Punjab Mental Hospital Lahore 1932-46 - 1932-1946
Year: 1932
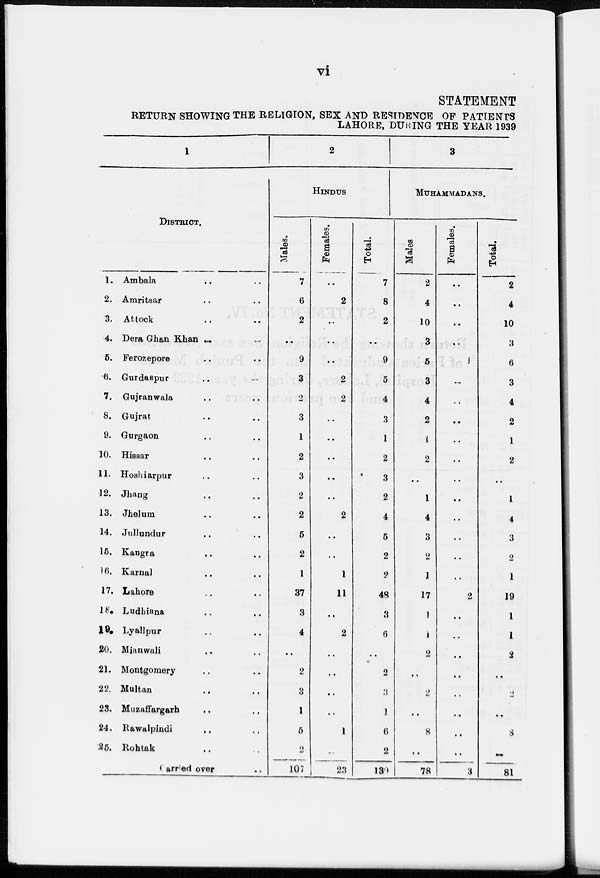
vi
STATEMENT
RETURN SHOWING THE RELIGION, SEX AND RESIDENCE OF PATIENTS
LAHORE, DURING THE YEAR 1939
1
DISTRICT.
1.
2.
3.
4.
5.
6.
7.
8.
9.
10.
11.
12.
13.
14.
15.
16.
17.
18.
19.
20.
21.
22.
23.
24.
25.
Ambala .. ..
Amritsar .. ..
Attock .. ..
Dera Ghan Khan .. ..
Ferozepore .. ..
Gurdaspur .. ..
Gujranwala .. ..
Gujrat .. ..
Gurgaon .. ..
Hissar .. ..
Hoshiarpur .. ..
Jhang .. ..
Jhelum .. ..
Jullundur .. ..
Kangra .. ..
Karnal .. ..
Lahore .. ..
Ludhiana .. ..
Lyallpur .. ..
Mianwali .. ..
Montgomery .. ..
Multan .. ..
Muzaffargarh .. ..
Rawalpindi .. ..
Rohtak .. ..
Carried over ..
2
HINDUS
Males.
7
6
2
..
9
3
2
3
1
2
3
2
2
5
2
1
37
3
4
..
2
3
1
5
2
107
Females.
..
2
..
..
..
2
2
..
..
..
..
..
2
..
..
1
11
..
2
..
..
..
..
1
..
23
Total.
7
8
2
..
9
5
4
3
1
2
3
2
4
5
2
2
48
3
6
..
2
3
1
6
2
130
3
MUHAMMADANS.
Males
2
4
10
3
5
3
4
2
1
2
..
1
4
3
2
1
17
1
1
2
..
2
..
8
..
78
Females.
..
..
..
..
1
..
..
..
..
..
..
..
..
..
..
..
2
..
..
..
..
..
..
..
..
3
Total.
2
4
10
3
6
3
4
2
1
2
..
1
4
3
2
1
19
1
1
2
..
2
..
8
..
81